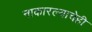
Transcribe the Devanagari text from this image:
नाकारल्याचेही